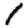
Digit: 1